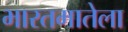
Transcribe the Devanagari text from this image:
भारतमातेला